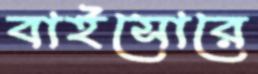
বাইসোরে